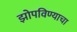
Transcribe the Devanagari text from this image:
झोपविण्याचा